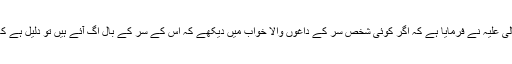
حضرت ابن سیرین رحمتہ اللہ تعالیٰ علیہ نے فرمایا ہے کہ اگر کوئی شخص سر کے داغوں والا خواب میں دیکھے کہ اس کے سر کے بال اگ آئے ہیں تو دلیل ہے کہ اس کو تھوڑا مال حاصل ہو گا ۔